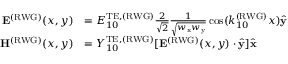
\begin{array} { r l } { \mathbf { E } ^ { \mathrm { ( R W G ) } } ( x , y ) } & { = E _ { 1 0 } ^ { \mathrm { T E } , \mathrm { ( R W G ) } } \frac { 2 } { \sqrt { 2 } } \frac { 1 } { \sqrt { w _ { \mathrm { x } } w _ { \mathrm { y } } } } \cos ( k _ { 1 0 } ^ { \mathrm { ( R W G ) } } x ) \hat { \mathbf { y } } } \\ { \mathbf { H } ^ { \mathrm { ( R W G ) } } ( x , y ) } & { = Y _ { 1 0 } ^ { \mathrm { T E } , \mathrm { ( R W G ) } } [ \mathbf { E } ^ { \mathrm { ( R W G ) } } ( x , y ) \cdot \hat { \mathbf { y } } ] \hat { \mathbf { x } } } \end{array}